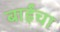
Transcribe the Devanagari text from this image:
बाईंचा